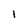
Character: I